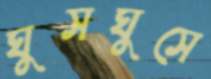
ঘুসঘুসে